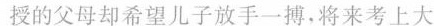
授的父母却希望儿子放手一搏,将来考上大